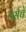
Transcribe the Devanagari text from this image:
वेर्सचे